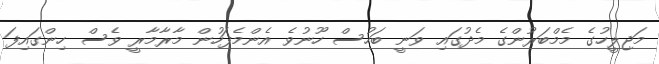
މަޖިލީހުގެ މެމްބަރުންގެ މެދުގައި ވަނީ ބަހުސް ހޫނުވެ އެންމެފަހުން މާރާމާރީ ވެސް ހިންގައިފަ